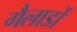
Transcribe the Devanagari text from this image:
गैलार्डो